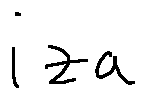
i z a